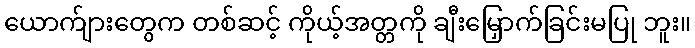
ယောက်ျားတွေက တစ်ဆင့် ကိုယ့်အတ္တကို ချီးမြှောက်ခြင်းမပြု ဘူး။